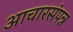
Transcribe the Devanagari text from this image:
आचारसंपन्न